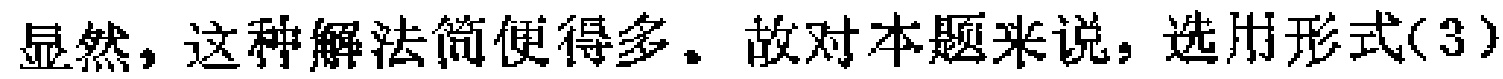
显然，这种解法简便得多。故对本题来说，选用形式(3)